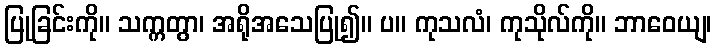
ပြုခြင်းကို။ သက္ကတွာ၊ အရိုအသေပြု၍။ ပ။ ကုသလံ၊ ကုသိုလ်ကို။ ဘာဝေယျ၊